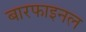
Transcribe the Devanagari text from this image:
बारफाइनल